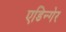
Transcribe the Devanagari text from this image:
एडिन्गेर